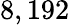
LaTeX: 8,192